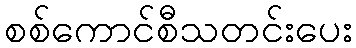
စစ်ကောင်စီသတင်းပေး